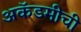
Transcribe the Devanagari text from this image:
अकॅडमीची